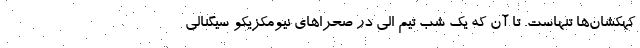
کهکشان‌ها تنهاست. تا آن که یک شب تیم الی در صحراهای نیومکزیکو سیگنالی